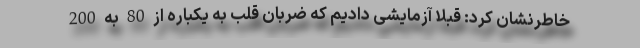
خاطرنشان کرد: قبلا آزمایشی دادیم که ضربان قلب به یکباره از 80 به 200